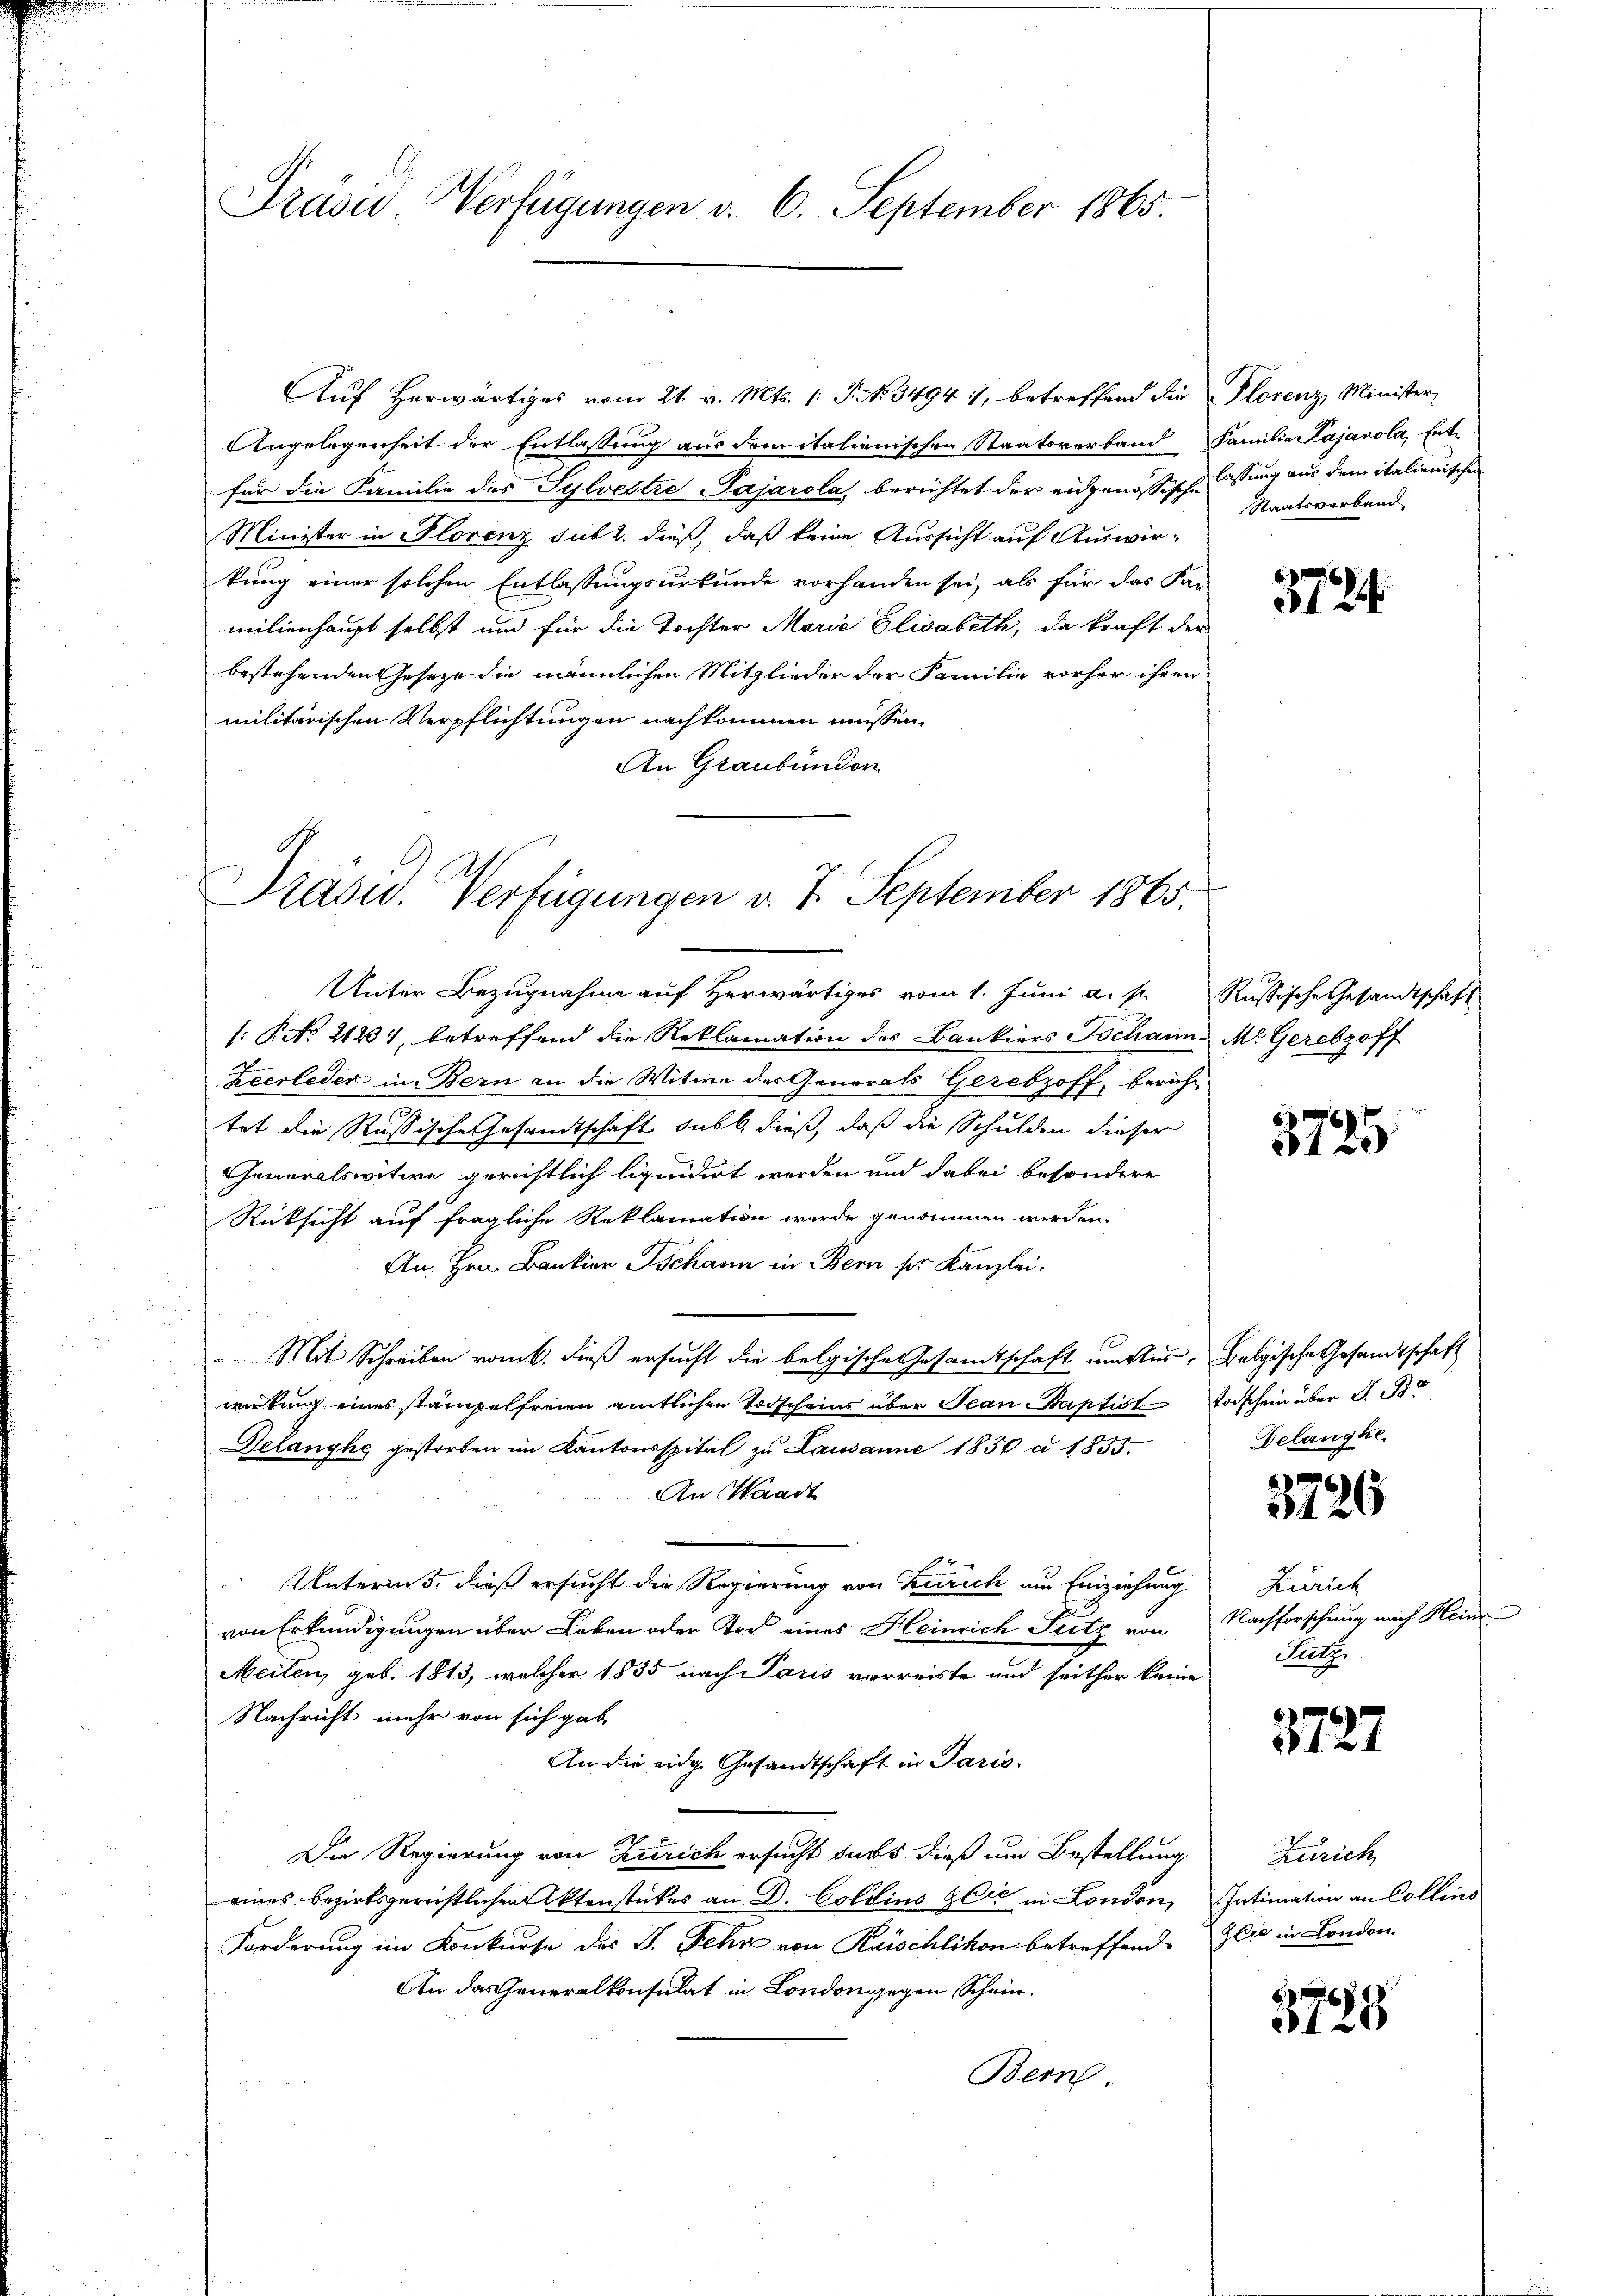
Präsid Verfügungen v. 6. September 1865.

für die Familie des Sylvestro Pajarola, berichtet der eidgenössische lassung aus dem italienischen
Minister in Florenz sub 2. dieß, daß keine Aussicht auf Auswir-
kung einer solchen Entlassungsurkunde vorhanden sei, als für das Kan-
milienhaupt selbst und für die Tochter Marie Glisabeth, da kraft der
bestehenden Geseze die männlichen Mitglieder der Familie vorher ihren
militärischen Verpflichtungen nachkommen müssen,
An Graubünden

Präsid.. Verfügungen v. 7. September 1865.

Unter Bezugnahme auf Herwärtiges vom 1. Juni a. s.
[P No. 21231, betreffend die Reklamation des Bankiers Schann M. Gerebzoff
Zeerleder in Bern an die Witwe des Generals Gerebzoff, bericht
.
tet die Russische Gesandtschaft dable dieß, daß die Schulden dieser
Generalswitwe gerichtlich liquidirt werden und dabei besondere
Rücksicht auf fragliche Reklamation werde genommen werden.
An Hrn. Bankion Tschann in Bern pr. Kanzlei.
Mit Schreiben vom 6. dieß ersucht die belgische Gesamtschaft mutter, Belgische Gesandtschaft
wirkung eines stampelfreien amtlichen Todscheins über Jean Baptist
Delanghe gestorben im Kantonsspital zu Lausanne 1850 à 1835.
An Waadt

9
Unterm 5. dieß ersucht die Regierung von Zürich um Einziehung
von Erkundigungen über Leben oder Tod eines Heinrich Sutz von
Meilen, geb. 1813, welcher 1855 nach Paris verreiste und seither keine
Nachricht mehr von sich gab
An die eidg. Gesandtschaft in Paris.
Die Regierung von Zürich ersucht dass dieß um Bestellung
eines bezirksgerüstlichen Aktenstückes an D. Coldins Wie in London,
Forderung im Konkurse des J. Fehr von Reischlikon betreffend
An das Generalkonsulat in London gegen Schein.
Bern.

Auf herwärtiges vom 21. v. Mts. 1. J. No. 3494 1, betreffend die Florenz, Minister,
Angelegenheit der Entlassung aus dem italienischen Staatsverband Familie Kajarola, Ent-

Staatsverband

3724.

Russische Gesandtschaft.

3725

Vorschein über S. B
Velangte.

3726

Zürich
Nachforschung nach Hein
Sutz

3727

Zürich
Intimation an Collino
Sie in London.

3745